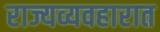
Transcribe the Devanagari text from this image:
राज्यव्यवहारात